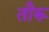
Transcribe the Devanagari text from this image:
तौरू